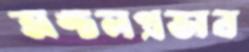
অঙ্চলপ্রভাব